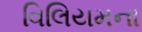
વિલિયમના